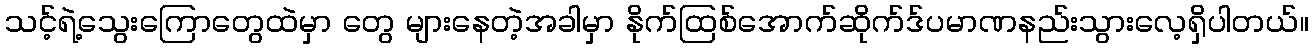
သင့်ရဲ့သွေးကြောတွေထဲမှာ တွေ များနေတဲ့အခါမှာ နိုက်ထြစ်အောက်ဆိုက်ဒ်ပမာဏနည်းသွားလေ့ရှိပါတယ်။